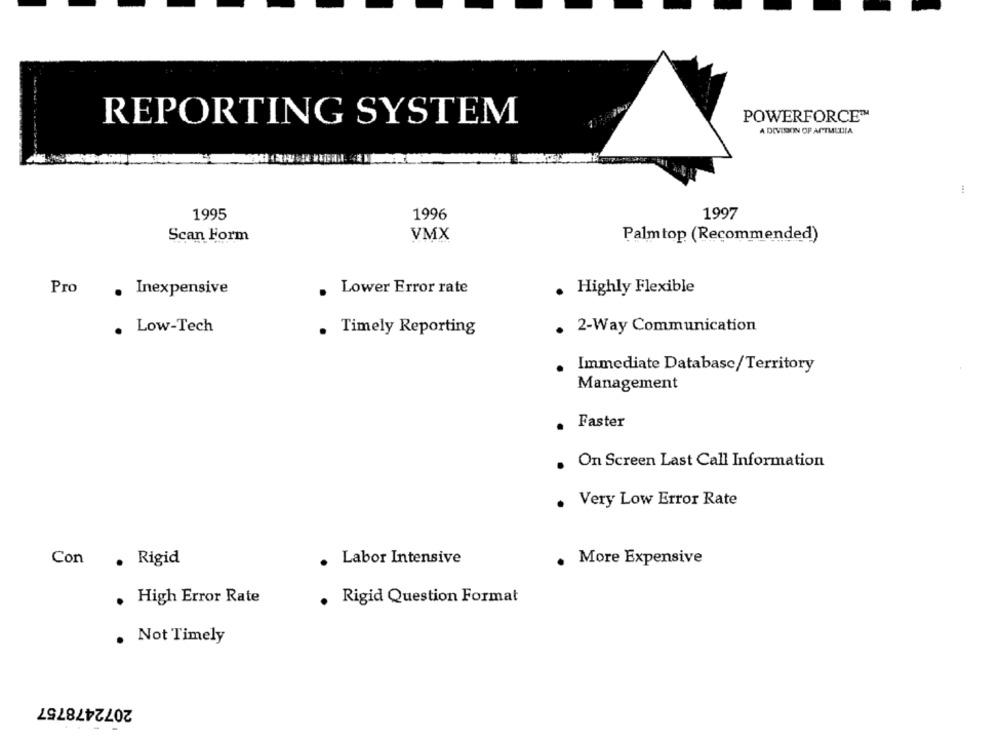
POWERFORCE™
REPORTING SYSTEM
A DIVISION OF ARTMEDIA
1996
1997
1995
Scan Form
VMX
Palmtop (Recommended)
Pro
Lower Error rate
. Highly Flexible
. Inexpensive
Low-Tech
. Timely Reporting
. 2-Way Communication
Immediate Database/Territory
Management
. Faster
. On Screen Last Call Information
. Very Low Error Rate
Con . Rigid
. Labor Intensive
. More Expensive
. High Error Rate
. Rigid Question Format
. Not Timely
2072478757